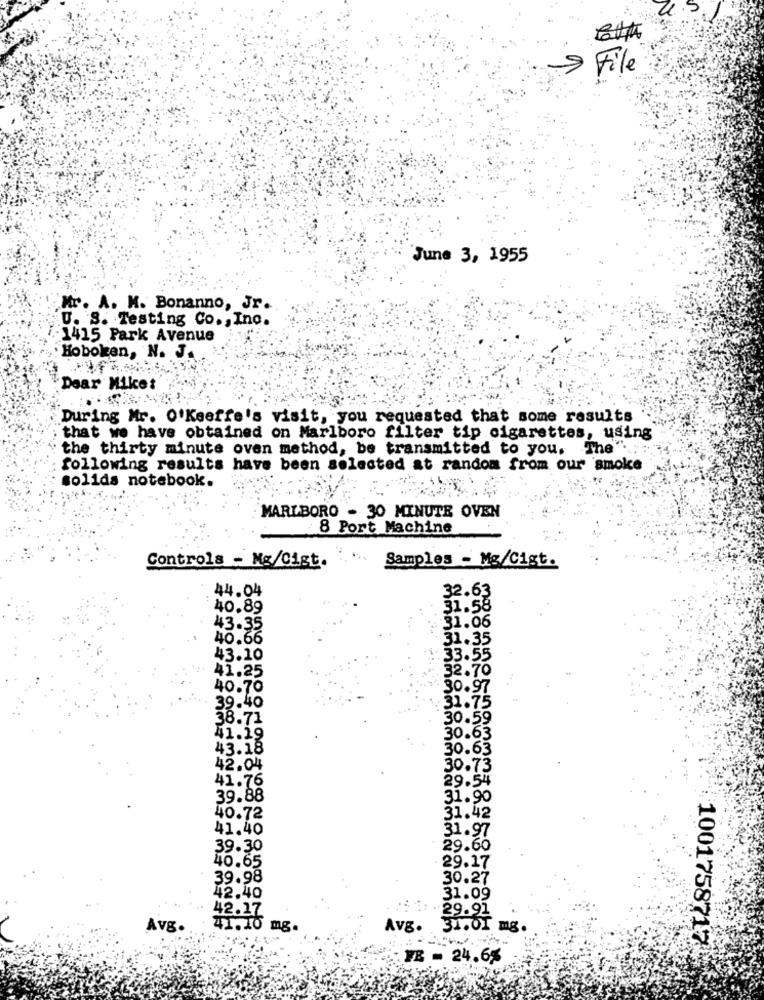
> File
June 3, 1955
Mr. A. M. Bonanno, Jr.
U. S. Testing Co ., Inc.
1415 Park Avenue
Hoboken, N. J.
Dear Miket
During Mr. O'keeffe's visit, you requested that some results
that we have obtained on Marlboro filter tip cigarettes, using
the thirty minute oven method, be transmitted to you. The" .::
following results have been selected at random from our smoke
solids notebook.
MARLBORO - 30 MINUTE OVEN
8 Port Machine
Controls - Mg/Cigt.
Samples - Mg/Cigt.
44.04
32.63
40.89
31.58
43.35
31.06
40.66
31.35
43.10
33.55
32.70
41.25
40.70
30.97
39.40
31.75
38.71
30.59
41.19
30.63
43.18
30.63
42.04
30.73
41.76
29.54
39.88
31.90
40.72
31.42
41.40
31.97
39.30
29.60
40.65
29.17
39.98
30.27
31.09
42.40
42.17
29.91
Avg.
41.10 mg
Avg. 31.01
mg
1001758717
FB = 24.6%